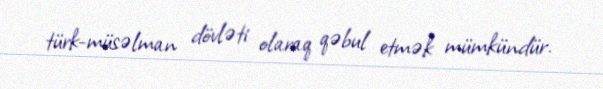
türk-müsəlman dövləti olaraq qəbul etmək mümkündür.